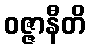
ဝဇ္ဇာနီတိ